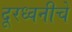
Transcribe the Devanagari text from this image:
दूरध्वनीचे